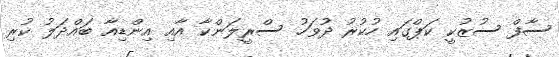
ސާފް ސުޒުކީ ކަޕްގައި ހުކުރު ދުވަހު ސްރީލަންކާ އާއި އިންޑިއާ ބައްދަލު ކުރި